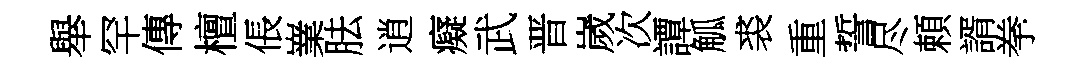
舉罕傳檀倀嶪胠逍癡武晋嵗次譚觚裘重誓尽頼諝拳